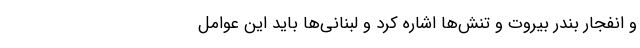
و انفجار بندر بیروت و تنش‌ها اشاره کرد و لبنانی‌ها باید این عوامل